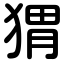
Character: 猬